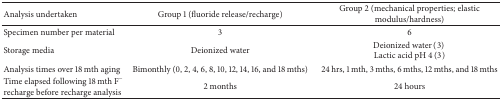
<table><thead><tr><td><b>Analysis undertaken</b></td><td><b>Group 1 (fluoride release/recharge)</b></td><td><b>Group 2 (mechanical properties; elastic modulus/hardness)</b></td></tr></thead><tbody><tr><td>Specimen number per material</td><td>3</td><td>6</td></tr><tr><td>Storage media</td><td>Deionized water</td><td>Deionized water (3) Lactic acid pH 4 (3)</td></tr><tr><td>Analysis times over 18 mth aging</td><td>Bimonthly (0, 2, 4, 6, 8, 10, 12, 14, 16, and 18 mths)</td><td>24 hrs, 1 mth, 3 mths, 6 mths, 12 mths, and 18 mths</td></tr><tr><td>Time elapsed following 18 mth F<sup>−</sup> recharge before recharge analysis</td><td>2 months</td><td>24 hours</td></tr></tbody></table>